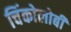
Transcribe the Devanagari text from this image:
चिंकोलोबी